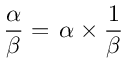
{ \frac { \alpha } { \beta } } = \, { \alpha } \times { \frac { 1 } { \beta } }